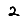
Digit: 2